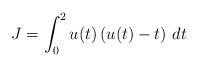
LaTeX: \begin{align*}{}J = \int_0^2 {u(t) \left( {u(t) - t} \right)\,dt}\end{align*}